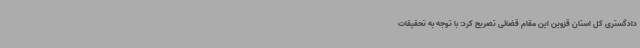
دادگستری کل استان قزوین این مقام قضائی تصریح کرد: با توجه به تحقیقات